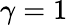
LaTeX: \gamma=1